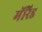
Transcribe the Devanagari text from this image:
मॅरिड